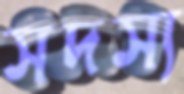
সদস্য